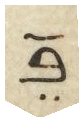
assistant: בו